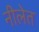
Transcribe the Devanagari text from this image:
नीलेत